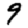
Digit: 9